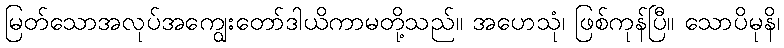
မြတ်သောအလုပ်အကျွေးတော်ဒါယိကာမတို့သည်။ အဟေသုံ၊ ဖြစ်ကုန်ပြီ။ သောပိမုနိ၊